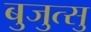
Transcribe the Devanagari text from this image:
बुजुत्सु